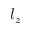
l _ { z }